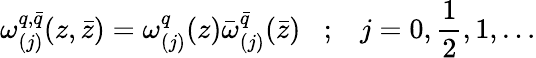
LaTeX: \omega_{(j)}^{q,\bar{q}}(z,\bar{z})=\omega_{(j)}^{q}(z)\bar{\omega}_{(j)}^{\bar{q}}(\bar{z})\; \; \; ;\; \; \; j=0,\frac{1}{2},1,\ldots